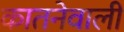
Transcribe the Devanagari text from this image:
कातनेवाली